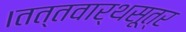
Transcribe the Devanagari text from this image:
।तत्तवार्थसूत्र